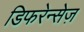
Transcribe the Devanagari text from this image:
डिफरेन्सेज़